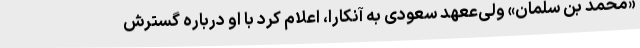
«محمد بن سلمان» ولی‌ععهد سعودی به آنکارا، اعلام کرد با او درباره گسترش